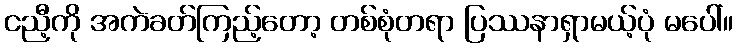
ငညီ့ကို အကဲခတ်ကြည့်တော့ တစ်စုံတရာ ပြဿနာရှာမယ့်ပုံ မပေါ်။